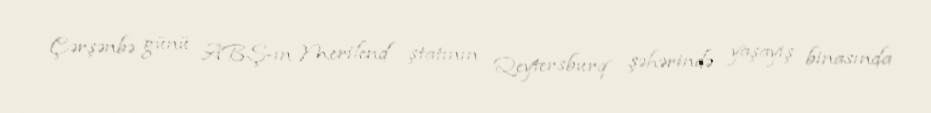
Çərşənbə günü ABŞ-ın Merilend ştatının Qeytersburq şəhərində yaşayış binasında